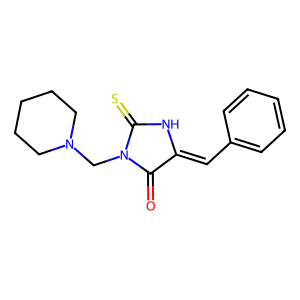
SMILES: O=C1C(=Cc2ccccc2)NC(=S)N1CN1CCCCC1
Inhibits HIV replication: No